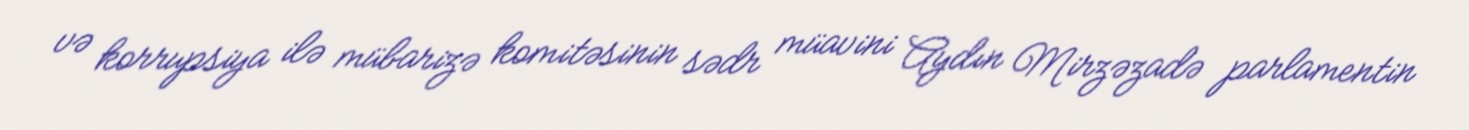
və korrupsiya ilə mübarizə komitəsinin sədr müavini Aydın Mirzəzadə parlamentin